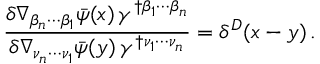
\frac { \delta \nabla _ { \beta _ { n } \cdots \beta _ { 1 } } \bar { \psi } ( x ) \, \gamma ^ { \dagger \beta _ { 1 } \cdots \beta _ { n } } } { \delta \nabla _ { \nu _ { n } \cdots \nu _ { 1 } } \bar { \psi } ( y ) \, \gamma ^ { \dagger \nu _ { 1 } \cdots \nu _ { n } } } = \delta ^ { D } ( x - y ) \, .